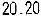
20.20